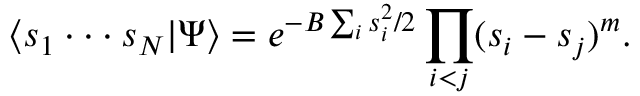
\langle s _ { 1 } \cdot \cdot \cdot s _ { N } | \Psi \rangle = e ^ { - B \sum _ { i } s _ { i } ^ { 2 } / 2 } \prod _ { i < j } ( s _ { i } - s _ { j } ) ^ { m } .